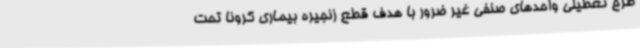
طرح تعطیلی واحدهای صنفی غیر ضرور با هدف قطع زنجیره بیماری کرونا تحت